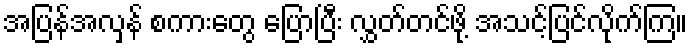
အပြန်အလှန် စကားတွေ ပြောပြီး လွှတ်တင်ဖို့ အသင့်ပြင်လိုက်ကြ။